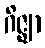
ဂိဇ္ဈာ